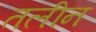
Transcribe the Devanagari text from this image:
तलीन